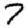
Digit: 7